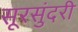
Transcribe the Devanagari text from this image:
सूरसुंदरी